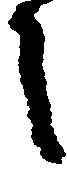
之